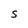
Character: S